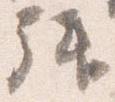
拝